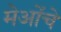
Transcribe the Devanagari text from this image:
मेओंचे